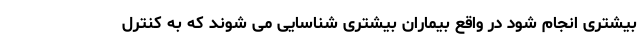
بیشتری انجام شود در واقع بیماران بیشتری شناسایی می شوند که به کنترل